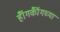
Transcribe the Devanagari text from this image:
हॉँगकॉँगच्या